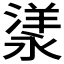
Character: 𣼁